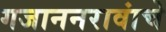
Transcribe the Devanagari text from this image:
गजाननरावांचे